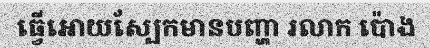
ធ្វើអោយស្បែកមានបញ្ហា រលាក ប៉ោង